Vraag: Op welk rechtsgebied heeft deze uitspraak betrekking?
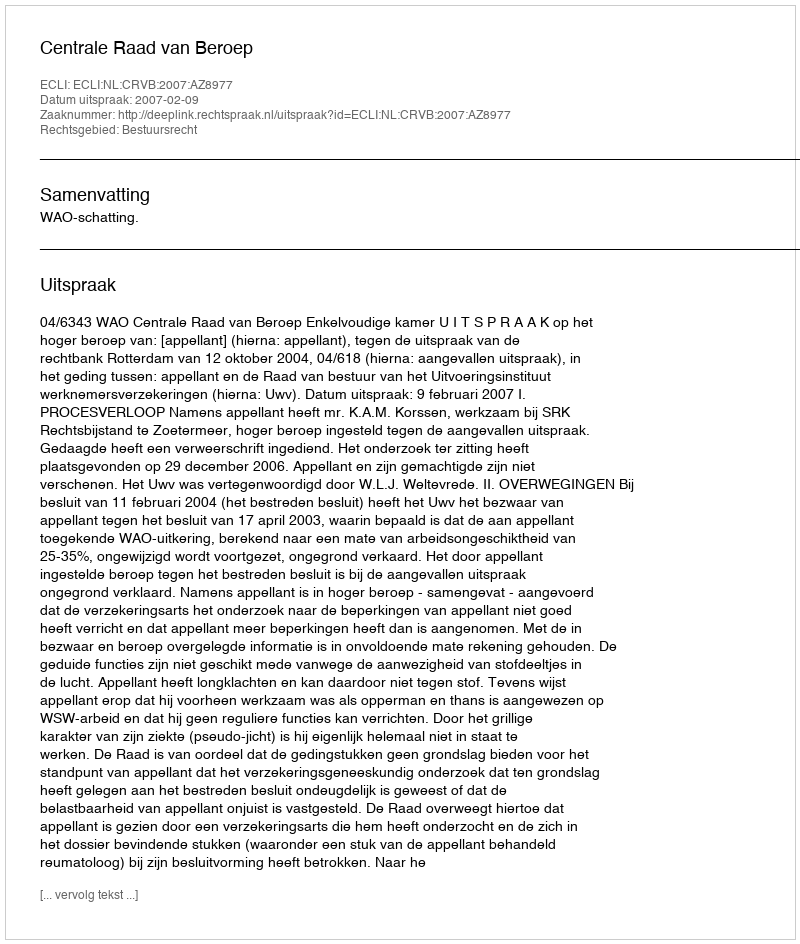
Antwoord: Bestuursrecht